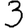
Digit: 3